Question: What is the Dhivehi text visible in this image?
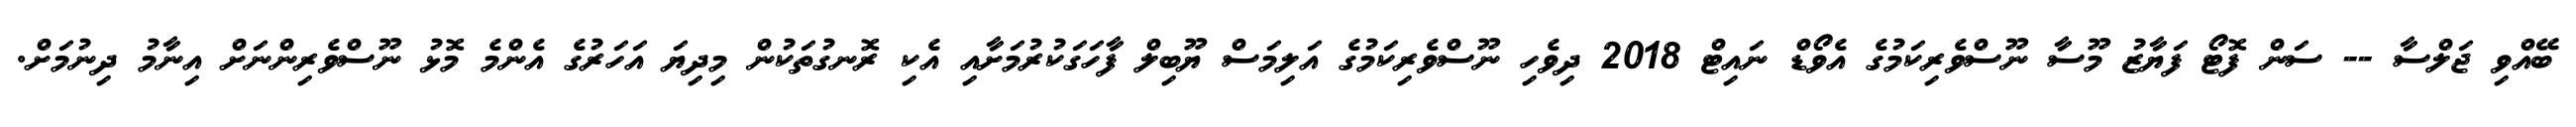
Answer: ބޭއްވި ޖަލްސާ -- ސަން ފޮޓޯ ފަޔާޒު މޫސާ ނޫސްވެރިކަމުގެ އެވޯޑް ނައިޓް 2018 ދިވެހި ނޫސްވެރިކަމުގެ އަލިމަސް ޔޫބިލް ފާހަގަކުރުމަށާއި އެކި ރޮނގުތަކުން މިދިޔަ އަހަރުގެ އެންމެ މޮޅު ނޫސްވެރިންނަށް އިނާމު ދިނުމަށް.